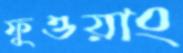
ফুওয়াং